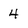
Character: 4